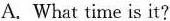
A.What time is it?